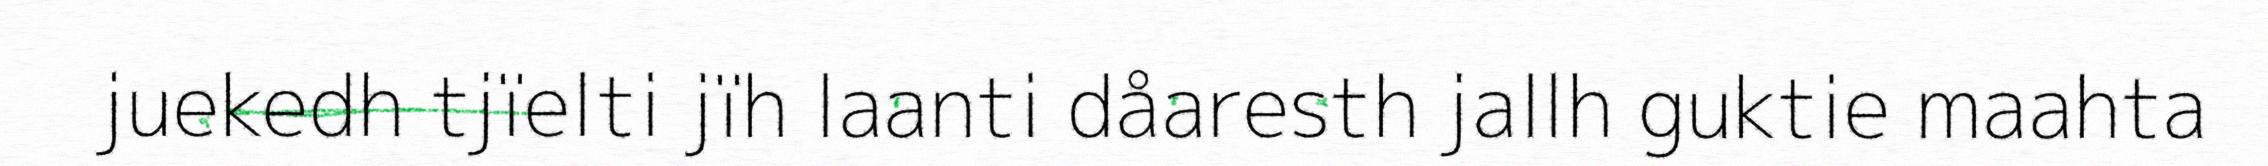
juekedh tjïelti jïh laanti dåaresth jallh guktie maahta